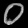
Digit: ၀